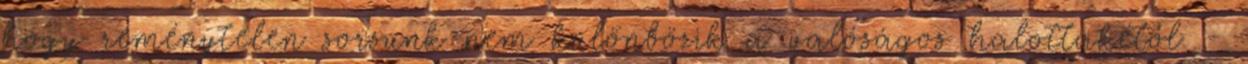
hogy reménytelen sorsunk nem különbözik a valóságos halottakétól -